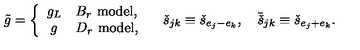
\tilde { g } = \left\{ \begin{array} { c l } { g _ { L } } & { B _ { r } \ \mathrm { m o d e l } , } \\ { g } & { D _ { r } \ \mathrm { m o d e l } , } \\ \end{array} \right. \quad \check { s } _ { j k } \equiv \check { s } _ { e _ { j } - e _ { k } } , \quad \bar { \check { s } } _ { j k } \equiv \check { s } _ { e _ { j } + e _ { k } } .